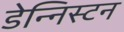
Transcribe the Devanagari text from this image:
डेन्निस्टन